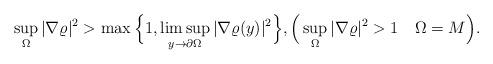
LaTeX: \begin{align*}\sup_\Omega |\nabla \varrho|^2 > \max \Big\{ 1, \limsup_{y \to \partial \Omega}|\nabla \varrho(y)|^2 \Big\}, \Big( \sup_\Omega |\nabla \varrho|^2 > 1 \ \ \ \Omega = M\Big). \end{align*}